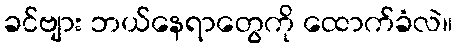
ခင်ဗျား ဘယ်နေရာတွေကို ထောက်ခံလဲ။